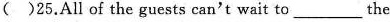
( )25.All of the guests can't wait to____the